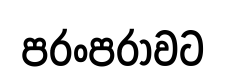
පරංපරාවට